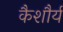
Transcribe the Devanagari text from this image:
कैशौर्य